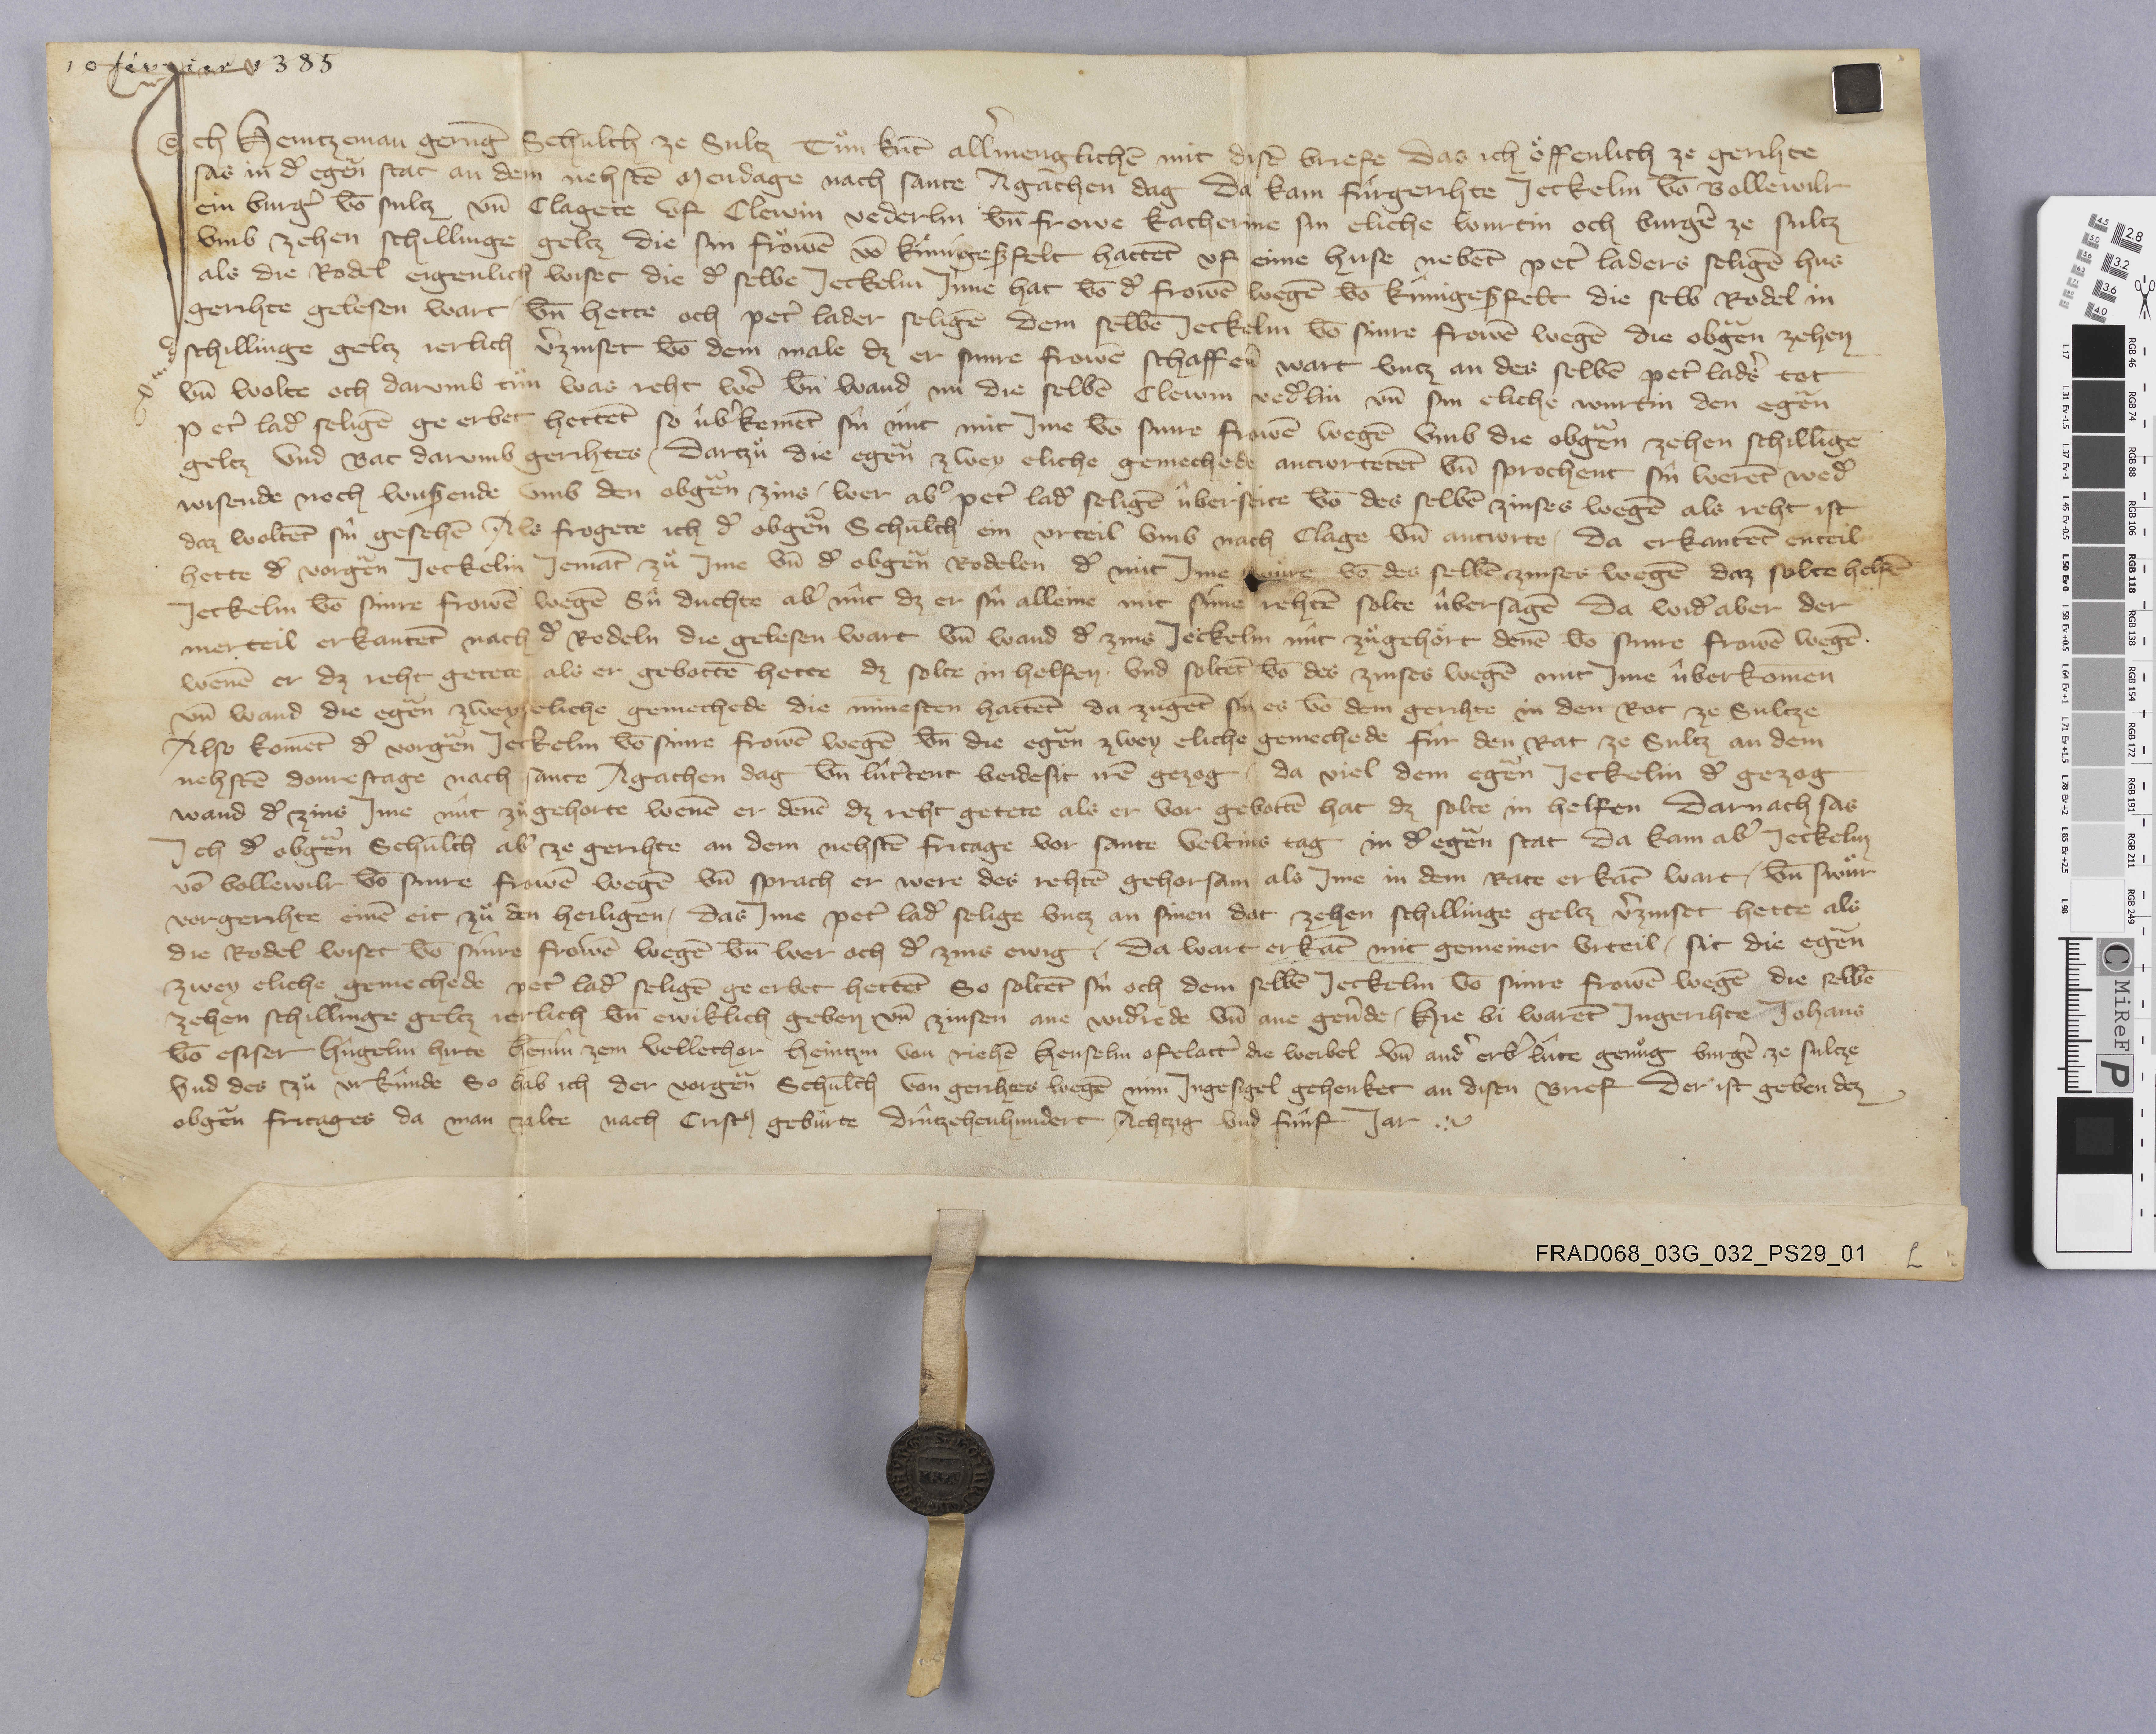
10 février 1385

Ich Heintzeman Gerūg schulth̄ ze Sultz tuͦn kūt allˀmenglichē mit disē briefe das ich oͤffenlich ze gerihte
sas in dˀ egẽn stat an dem nehstē mendage nach sante Agathen dag da kam fûrgerihte Jeckelin vō Bollewilr
ein burgˀ vō Sultz un̄ clagete uf Clewin Vederlin un̄ frowe Katherine sin eliche wirtin och burgˀe ze Sultz
umb zehen schillinge geltz die sin froͧwē vō Kûnigeszfelt hattēt uf eine huse nebēt Petˀ Laders seligē hus
als die rodel eigenlich wiset die dˀ selbe Jeckelin inne hat vō dˀ frowē wegē vō Kûnigeszfelt die selb rodel in
gerihte gelesen wart un̄ hette och Petˀ Lader seligē dem selbē Jeckelin vō sinre frowē wegē die obgẽn zehen
schillinge geltz jerlich vˀzinset vō dem male dz er sinre frowē schaffenˀ wart untz an des selbē Petˀ Ladˀs tot
un̄ wolte och darumb tuͦn was reht wˀe un̄ wand nu die selbē Clewin Vedˀlin un̄ sin eliche wirtin den egẽn
Petˀ Ladˀ seligē ge erbet hettēt so ûbˀkemēt sû nût mit ime vō sinre frowē wegē umb die obgẽn zehen schillīge
geltz und bat darumb gerihtes ✳ dartzuͦ die egẽn zwey eliche gemechede antwrtetēt un̄ sprochent sû werēt wedˀ
wisende noch wuszende umb den obgẽn zins ✳ wer abˀ Petˀ Ladˀ seligē  ûberseite vō des selbē zinses wegē als reht ist
daz woltēt sû gesehē als frogete ich dˀ obgẽn schulth̄ ein urteil umb nach clage un̄ antwrte ✳ da erkantēt enteil
hette dˀ vorgẽn Jeckelin jemāt zuͦ ime un̄ dˀ obgẽn rodelen dˀ mit ime swùre vō des selbē zinses wegē daz solte helfē
Jeckelin vō sinre frowē wegē sû duchte abˀ nût dz er sû alleine mit sine rehtē solte ûbersagē da widˀ aber der
merteil erkantēt nach dˀ rodeln die gelesen wart un̄ wand dˀ zins Jeckelin nût zuͦgehoͤrt den̄e vō sinre frowē wegē
wen̄e er dz reht getete als er gebottē hette dz solte in helfen ✳ und soltēt vō des zinses wegē mit ime ûberkomen
un̄ wand die egẽn zwey eliche gemechede die minesten hattēt da zugēt sû es vō dem gerihte in den rat ze Sultze
also komēt dˀ vorgẽn Jeckelin vō sinre frowē wegē  un̄ die egẽn zwey eliche gemechede fûr den rat ze Sultz an dem
nehstē donrestage nach sante Agathen dag un̄ lûtˀtent beidesit irē gezog ✳ da viel dem egẽn Jeckelin dˀ gezog
wand dˀ zins ime nût zuͦgehorte wen̄e er den̄e dz reht getete als er vor gebottē hat dz solte in helfen darnach sas
ich dˀ obgẽn schulth̄ abˀ ze gerihte an dem nehstē fritage vor sante Veltins tag in dˀ egẽn stat da kam abˀ Jeckelin
vō Bollewilr vō sinre frowē wegē un̄ sprach er were des rehtē gehorsam als ime in dem rate erkāt wart ✳ un̄ swuͦr
vor grihte einē eit zuͦ den heiligen ✳ das ime Petˀ Ladˀ selige untz an sinen dot zehen schillinge geltz vˀzinset hette als
die rodel wiset vō sinre frowē wegē un̄ wer och dˀ zins ewig ✳ da wart erkāt mit gemeiner urteil ✳ sit die egẽn
zwey eliche gemechede Petˀ Ladˀ seligē ge erbet hettēt so soltēt sû och dem selbē Jeckelin vō sinre frowē wegē die selbē
zehen schillinge geltz jerlich un̄ ewiklich geben un̄ zinsen ane widˀrede un̄ ane gevˀde ✳ hie bi warēt in gerihte Johans
vō Esiser Hûgelin Hirte Henin zem Vollethor Heintzin von Riehē Henselin Ofelattˀ die weiber un̄ andˀ erbˀ lûte genuͦg burgˀe ze Sultze
und des zuͦ urkûnde so hab ich der vorgẽn schulth̄ von gerihtes wegē min ingesigel gehenket an disen brief der ist geben dez
obgẽn fritages da man zalte nach cristꝰ gebûrte drûtzehenhundert achtzig und fûnf jar. ✳